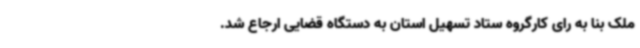
ملک بنا به رای کارگروه ستاد تسهیل استان به دستگاه قضایی ارجاع شد.